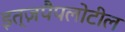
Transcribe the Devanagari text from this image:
इत्ज़पैपलोटील